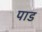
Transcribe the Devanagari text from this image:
पाड